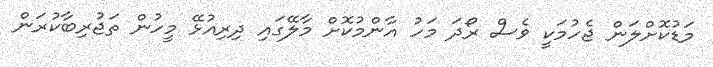
މަޑުކޮށްލަން ޖެހުމަކީ ވެސް ރޯދަ މަހު އާންމުކޮށް މާލޭގައި ދިރިއުޅޭ މީހުން ތަޖުރިބާކުރަން